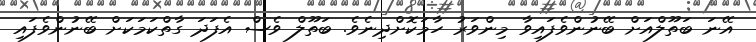
އޭނަ ބަތޫލްއަށް ބޭނުންވެފައިވާ މިންވަރު ހާމަކޮށްދިނެވެ. ބަތޫލް ވެސް އެފަދަ ގާތްކަމަކަށް ބޭނުންވެފައި